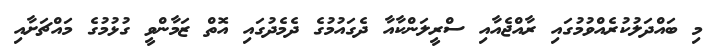
މި ބައްދަލުކުރެއްވުމުގައި ރާއްޖެއާއި ސްރީލަންކާއާ ދެގައުމުގެ ދެމެދުގައި އޮތް ޒަމާންވީ ގުޅުމުގެ މައްޗަށާއި